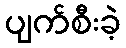
ပျက်စီးခဲ့